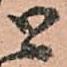
と